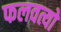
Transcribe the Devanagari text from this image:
फलवत्यो